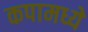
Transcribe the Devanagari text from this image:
कपामध्ये